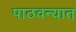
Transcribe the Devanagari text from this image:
पाठवन्यात